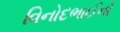
વિનોદભાઈનો